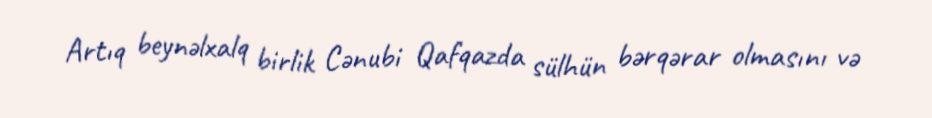
Artıq beynəlxalq birlik Cənubi Qafqazda sülhün bərqərar olmasını və